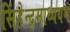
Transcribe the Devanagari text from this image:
सिंहेन्द्रमाध्ययम